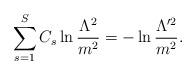
LaTeX: \begin{align*}\sum_{s=1}^SC_s\ln\frac{\Lambda^2}{m^2} =-\ln\frac{\Lambda^{\prime2}}{m^2}.\end{align*}